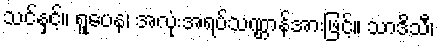
သင်နှင့်။ ရူပေန၊ အလုံးအရပ်သဏ္ဌာန်အားဖြင့်။ သာဒိသီ၊